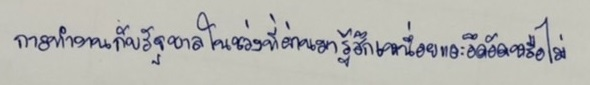
การทำงานกับรัฐบาลในช่วงที่ผ่านมารู้สึกเหนื่อยและอึดอัดหรือไม่